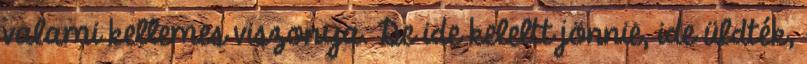
valami kellemes viszonya. De ide keleltt jönnie, ide üldték,